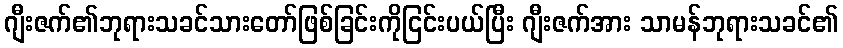
ဂျီးဇက်၏ဘုရားသခင်သားတော်ဖြစ်ခြင်းကိုငြင်းပယ်ပြီး ဂျီးဇက်အား သာမန်ဘုရားသခင်၏